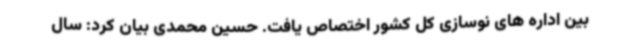
بین اداره های نوسازی کل کشور اختصاص یافت. حسین محمدی بیان کرد: سال